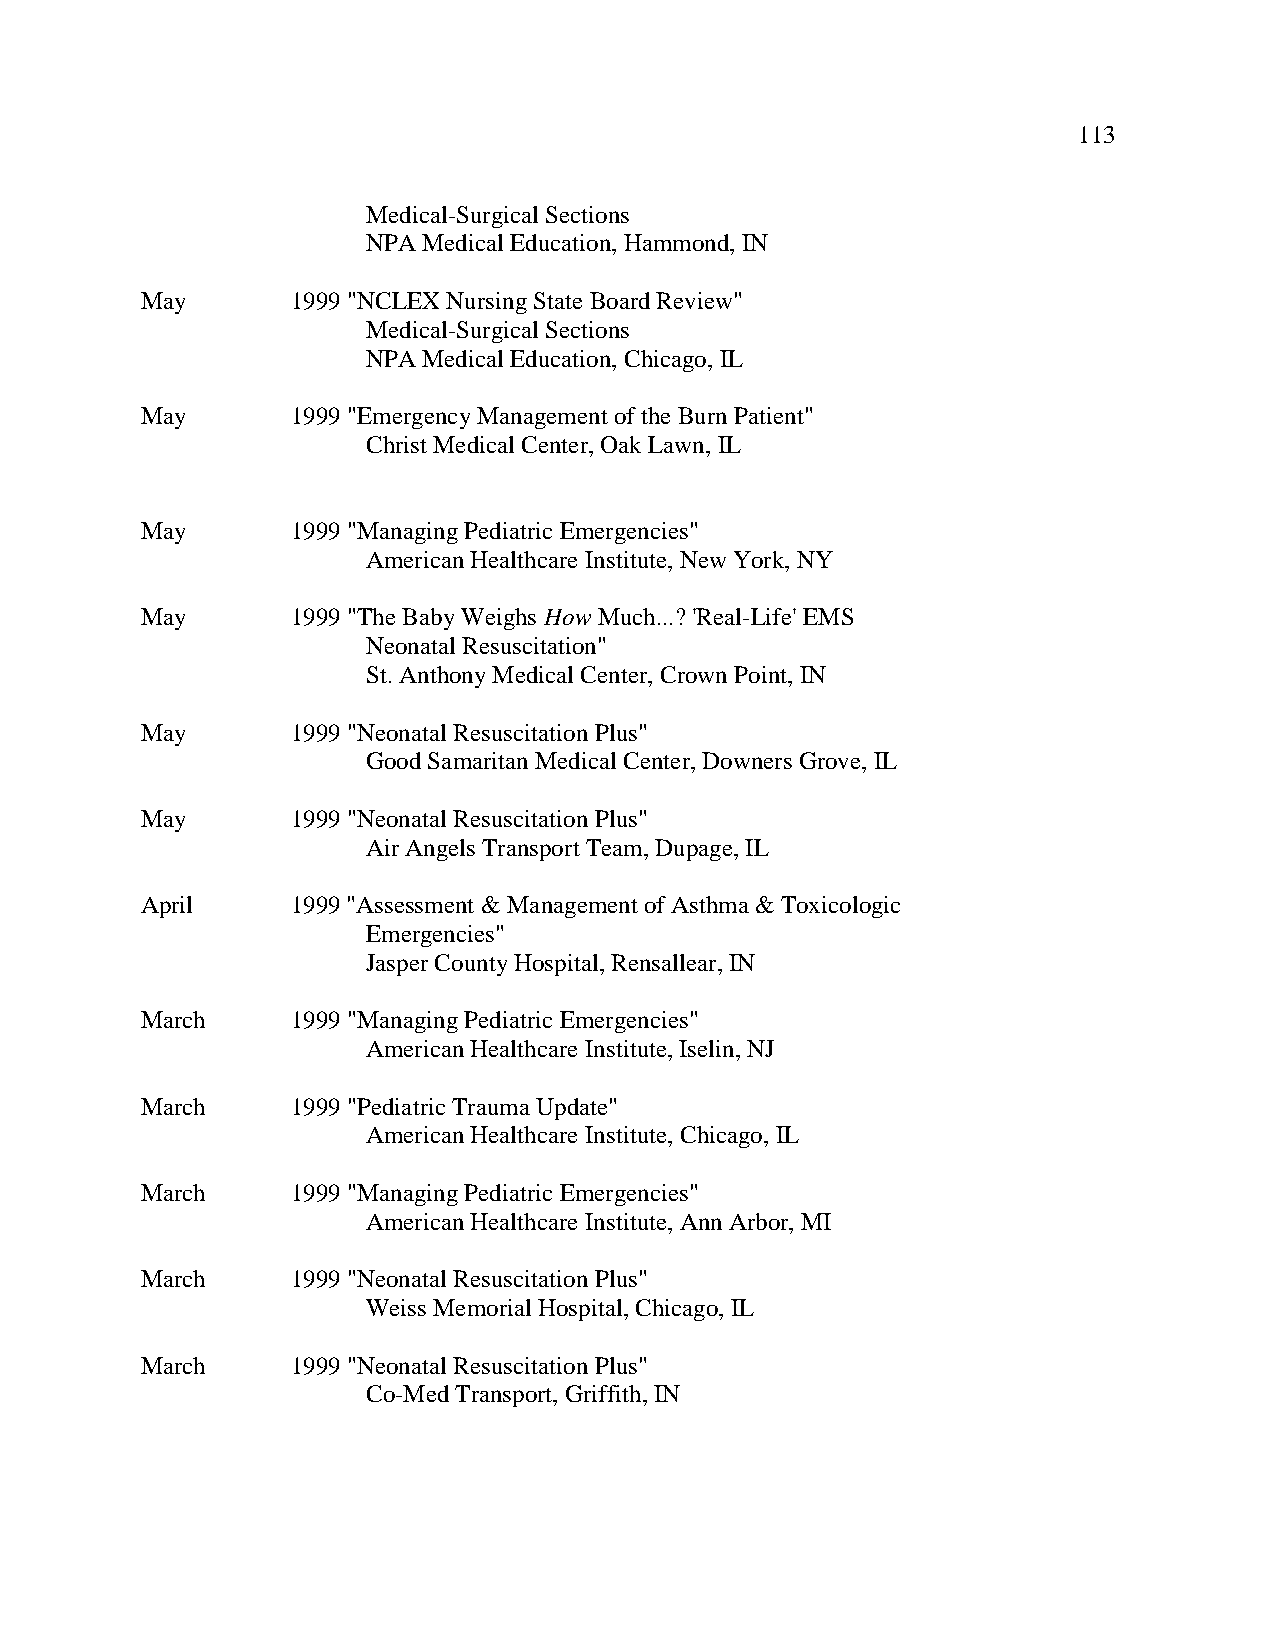
113
 Medical-Surgical Sections
 NPA Medical Education, Hammond, IN
 May       1999 "NCLEX Nursing State Board Review"
 Medical-Surgical Sections
 NPA Medical Education, Chicago, IL
 May       1999 "Emergency Management of the Burn Patient"
 Christ Medical Center, Oak Lawn, IL
 May       1999 "Managing Pediatric Emergencies"
 American Healthcare Institute, New York, NY
 May       1999 "The Baby Weighs How Much...? 'Real-Life' EMS
 Neonatal Resuscitation"
 St. Anthony Medical Center, Crown Point, IN
 May       1999 "Neonatal Resuscitation Plus"
 Good Samaritan Medical Center, Downers Grove, IL
 May       1999 "Neonatal Resuscitation Plus"
 Air Angels Transport Team, Dupage, IL
 April     1999 "Assessment & Management of Asthma & Toxicologic
 Emergencies"
 Jasper County Hospital, Rensallear, IN
 March     1999 "Managing Pediatric Emergencies"
 American Healthcare Institute, Iselin, NJ
 March     1999 "Pediatric Trauma Update"
 American Healthcare Institute, Chicago, IL
 March     1999 "Managing Pediatric Emergencies"
 American Healthcare Institute, Ann Arbor, MI
 March     1999 "Neonatal Resuscitation Plus"
 Weiss Memorial Hospital, Chicago, IL
 March     1999 "Neonatal Resuscitation Plus"
 Co-Med Transport, Griffith, IN